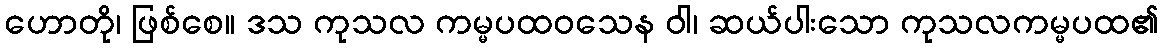
ဟောတို၊ ဖြစ်စေ။ ဒသ ကုသလ ကမ္မပထဝသေန ဝါ၊ ဆယ်ပါးသော ကုသလကမ္မပထ၏